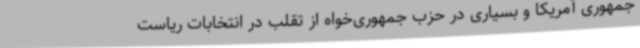
جمهوری آمریکا و بسیاری در حزب جمهوری‌خواه از تقلب در انتخابات ریاست